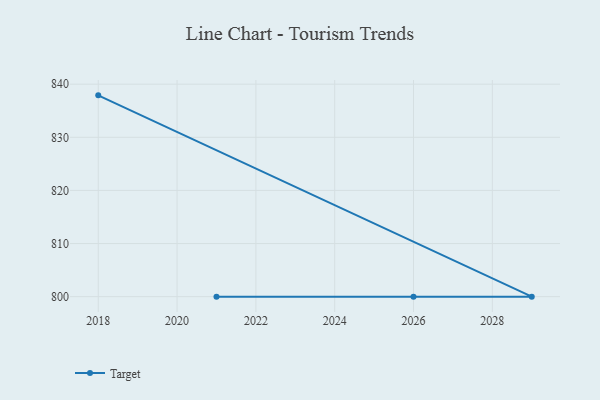
{"axis": {"x": "Year", "y": "Energy Usage (MWh)"}, "legend": ["Target"], "data": [{"x": "2018", "y": 837.9, "type": "Target"}, {"x": "2029", "y": 800, "type": "Target"}, {"x": "2026", "y": 800, "type": "Target"}, {"x": "2021", "y": 800, "type": "Target"}]}